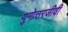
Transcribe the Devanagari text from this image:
युगोत्तरजीवी